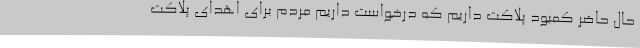
حال حاضر کمبود پلاکت داریم که درخواست داریم مردم برای اهدای پلاکت